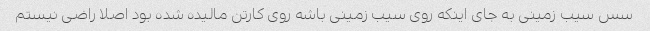
سس سیب زمینی به جای اینکه روی سیب زمینی باشه روی کارتن مالیده شده بود اصلا راضی نیستم